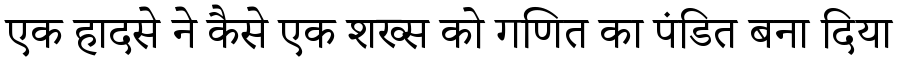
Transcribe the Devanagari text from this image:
एक हादसे ने कैसे एक शख्स को गणित का पंडित बना दिया